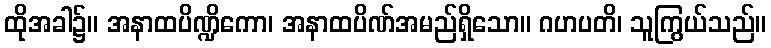
ထိုအခါ၌။ အနာထပိဏ္ဍိကော၊ အနာထပိဏ်အမည်ရှိသော။ ဂဟပတိ၊ သူကြွယ်သည်။